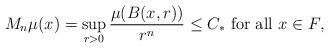
LaTeX: \begin{align*}M_n\mu(x) = \sup_{r>0} \frac{\mu(B(x,r))}{r^n}\leq C_*\mbox{ for all $x\in F$},\end{align*}